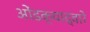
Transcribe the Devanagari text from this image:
ओंडक्याद्वारे